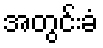
အတွင်းခံ